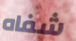
شفاه